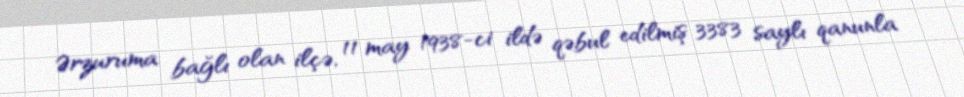
Ərzuruma bağlı olan ilçə, 11 may 1938-ci ildə qəbul edilmiş 3383 saylı qanunla